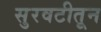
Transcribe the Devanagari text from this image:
सुरवटीतून